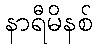
နာရီမိနစ်